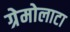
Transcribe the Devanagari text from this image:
ग्रेमोलाटा